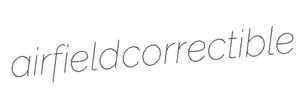
airfield correctible